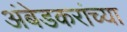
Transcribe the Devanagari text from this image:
अंबेडकरांच्या